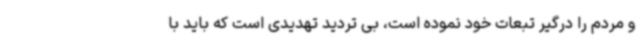
و مردم را درگیر تبعات خود نموده است، بی تردید تهدیدی است که باید با